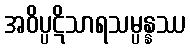
အဝိပ္ပဋိသာရသမ္ပန္နဿ